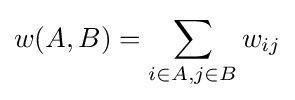
w(A,B)=\sum \limits _{i\in A,j\in B}w_{ij}